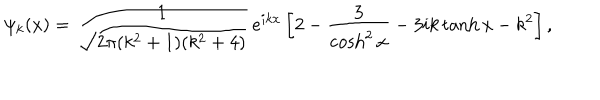
\psi _ { k } ( x ) = \frac { 1 } { \sqrt { 2 \pi ( k ^ { 2 } + 1 ) ( k ^ { 2 } + 4 ) } } \, e ^ { i k x } \left[ 2 - \frac { 3 } { \cosh ^ { 2 } x } - 3 i k \tanh x - k ^ { 2 } \right] ,